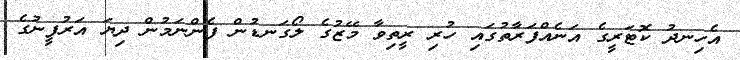
އެހިނދު ކޮޓަރީގެ އަނެއްފަރާތުގައި ހުރި ރީތިވާ މޭޒުގެ ލޯގަނޑުން ފެންނަމުން ދިޔަ އަރުފީނުގެ